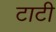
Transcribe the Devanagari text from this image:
टाटी